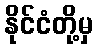
နိုင်ငံတို့မှ